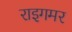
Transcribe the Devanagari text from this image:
राइगमर